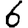
Digit: 6